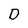
Character: D